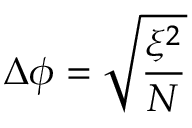
\Delta \phi = \sqrt { \frac { \xi ^ { 2 } } { N } }